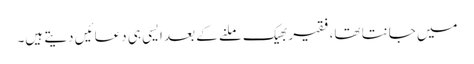
میں جانتا تھا،فقیر بھیک ملنے کے بعد ایسی ہی دعائیں دیتے ہیں۔